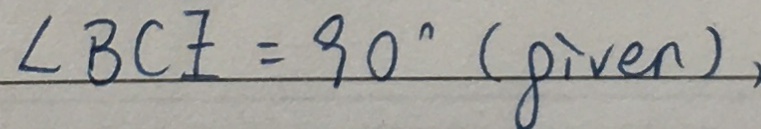
\angle B C E = 9 0 ^ { \circ } ( g i v e n ) ,